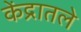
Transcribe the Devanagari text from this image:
केंद्रातले